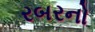
રબરનો